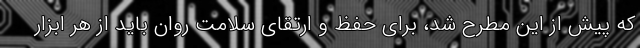
که پیش از این مطرح شد، برای حفظ و ارتقای سلامت روان باید از هر ابزار